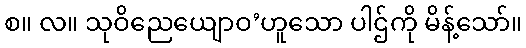
စ။ လ။ သုဝိညေယျောဝ’ဟူသော ပါဌ်ကို မိန့်သော်။